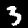
Digit: 3